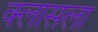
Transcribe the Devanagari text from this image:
क्लासला